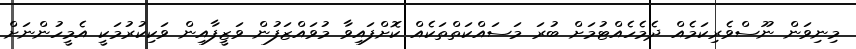
މިނިވަން ނޫސްވެރިކަމެއް ދެމެހެއްޓުމަށް ބުރަ މަސައްކަތްތަކެއް ކޮށްފައިވާ މުވައްޒަފުން ވަޒީފާއިން ވަކިކުރުމަކީ އެމީހުންނަށް